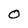
Character: 0